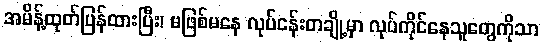
အမိန့်ထုတ်ပြန်ထားပြီး၊ မဖြစ်မနေ လုပ်ငန်းတချို့မှာ လုပ်ကိုင်နေသူတွေကိုသာ